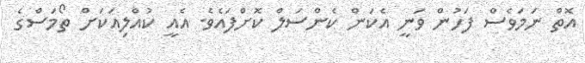
އޮތް ނަމަވެސް ފަހުން ވަނީ އެކަން ކެންސަލް ކޮށްފައެވެ. އެއީ ކުއްލިއަކަށް ތޯމަސްގެ